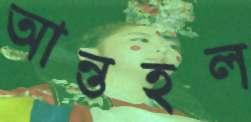
আন্তহল